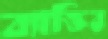
ব্যাক্তির